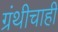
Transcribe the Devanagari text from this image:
ग्रंथीचाही